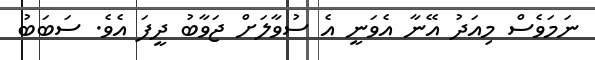
ނަމަވެސް މިއަދު އޭނާ އެވަނީ އެ ސުވާލަށް ޖަވާބު ދީފަ އެވެ. ސަބަބު